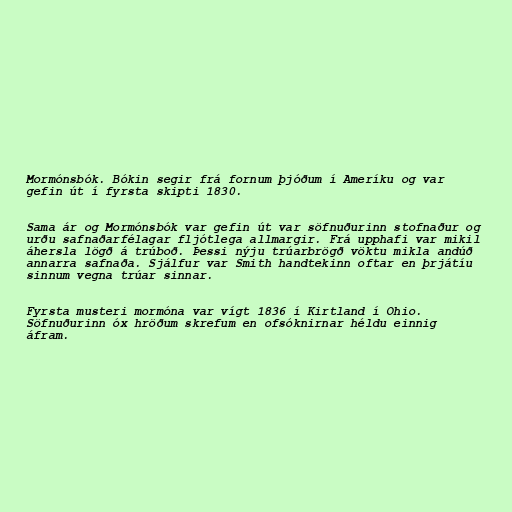
Mormónsbók. Bókin segir frá fornum þjóðum í Ameríku og var
gefin út í fyrsta skipti 1830.

Sama ár og Mormónsbók var gefin út var söfnuðurinn stofnaður og
urðu safnaðarfélagar fljótlega allmargir. Frá upphafi var mikil
áhersla lögð á trúboð. Þessi nýju trúarbrögð vöktu mikla andúð
annarra safnaða. Sjálfur var Smith handtekinn oftar en þrjátíu
sinnum vegna trúar sinnar.

Fyrsta musteri mormóna var vígt 1836 í Kirtland í Ohio.
Söfnuðurinn óx hröðum skrefum en ofsóknirnar héldu einnig
áfram.